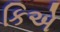
કિએ